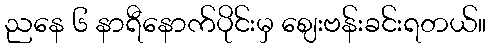
ညနေ ၆ နာရီနောက်ပိုင်းမှ ဈေးဗန်းခင်းရတယ်။